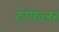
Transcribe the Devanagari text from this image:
टोफेलर